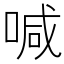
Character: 喊